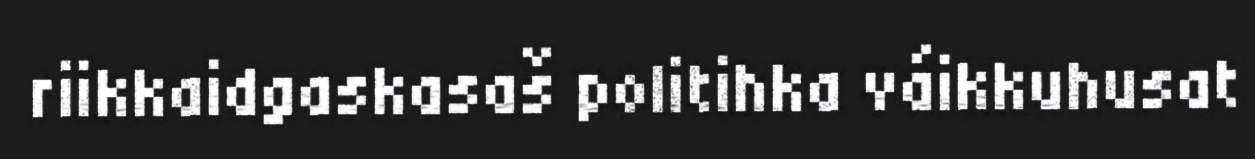
riikkaidgaskasaš politihka váikkuhusat